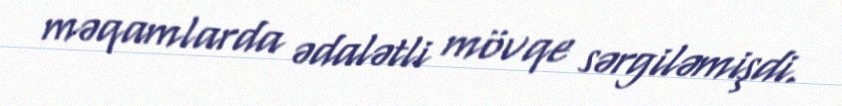
məqamlarda ədalətli mövqe sərgiləmişdi.